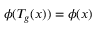
\phi ( T _ { g } ( x ) ) = \phi ( x )